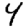
Digit: 4